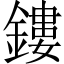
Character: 鏤